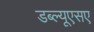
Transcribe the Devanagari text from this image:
डब्ल्यूएसए